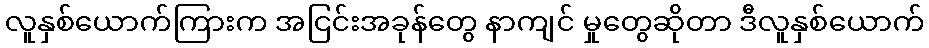
လူနှစ်ယောက်ကြားက အငြင်းအခုန်တွေ နာကျင် မှုတွေဆိုတာ ဒီလူနှစ်ယောက်